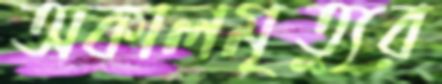
অকালমৃত্যুর